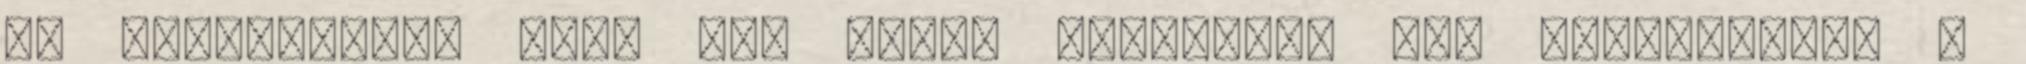
az illúzióért, hogy egy Apple termékkel egy kifinomult, a